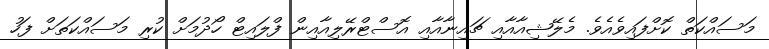
މަސައްކަތް ކޮށްފައިވެއެވެ. މެލޭޝިއާއާއި ޗައިނާއާއި އޮސްޓްރޭލިއާއިން ފްލައިޓް ހޯދުމަށް ކުރި މަސައްކަތަށް ފަހު